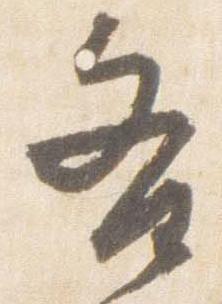
各